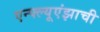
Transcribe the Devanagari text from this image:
एन्फ्ल्यूएंझाची